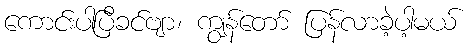
ကောင်းပါပြီခင်ဗျာ၊ ကျွန်တော် ပြန်လာခဲ့ပါ့မယ်